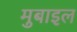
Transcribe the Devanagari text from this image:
मुबाइल